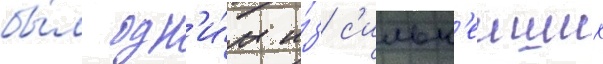
бы́л одн'и́м и́з с'ильн'еиших